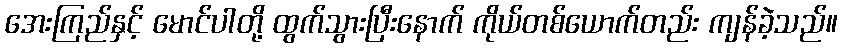
အေးကြည်နှင့် မောင်ပါတို့ ထွက်သွားပြီးနောက် ကိုယ်တစ်ယောက်တည်း ကျန်ခဲ့သည်။